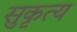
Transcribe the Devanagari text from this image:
सुकृत्य